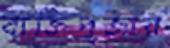
ব্যক্তিপূজার